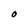
Character: O